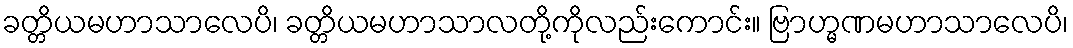
ခတ္တိယမဟာသာလေပိ၊ ခတ္တိယမဟာသာလတို့ကိုလည်းကောင်း။ ဗြာဟ္မဏမဟာသာလေပိ၊